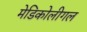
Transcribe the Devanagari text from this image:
मेडिकोलीगल